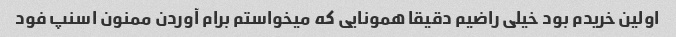
اولین خریدم بود خیلی راضیم دقیقا همونایی که میخواستم برام آوردن ممنون اسنپ فود